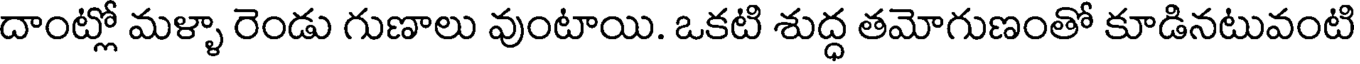
దాంట్లో మళ్ళా రెండు గుణాలు వుంటాయి. ఒకటి శుద్ధ తమోగుణంతో కూడినటువంటి